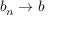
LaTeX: b _ { n } \to b